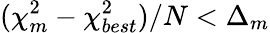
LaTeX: (\chi_{m}^{2}-\chi_{best}^{2})/N<\Delta_{m}